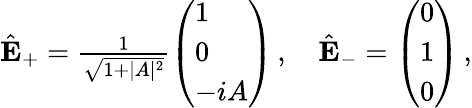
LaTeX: \begin{array}{r}{\hat{\mathbf{E}}_{+}=\frac{1}{\sqrt{1+|A|^{2}}}\left(\begin{array}{l}{1}\\ {0}\\ {-iA}\end{array}\right)\, ,\quad\hat{\mathbf{E}}_{-}=\left(\begin{array}{l}{0}\\ {1}\\ {0}\end{array}\right)\, ,}\end{array}